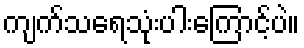
ကျက်သရေသုံးပါးကြောင့်ပဲ။